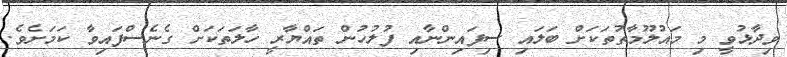
ވިދާޅުވީ މި މައުލޫމާތުތަކަށް ބަަލައި ސިފައިންނާއި ފުލުހުން ތައްޔާރީ ހާލަތަކަށް ގެނެސްފައިވާ ކަމަށެވެ.